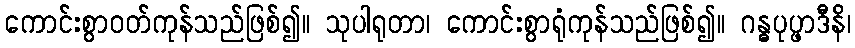
ကောင်းစွာဝတ်ကုန်သည်ဖြစ်၍။ သုပါရုတာ၊ ကောင်းစွာရုံကုန်သည်ဖြစ်၍။ ဂန္ဓပုပ္ဖာဒီနိ၊